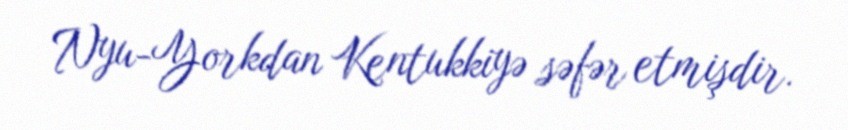
Nyu-Yorkdan Kentukkiyə səfər etmişdir.